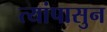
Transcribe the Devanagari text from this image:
त्यांपासुन